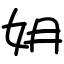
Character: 㚩